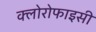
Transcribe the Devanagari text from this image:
क्लोरोफाइसी